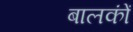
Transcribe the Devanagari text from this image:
बालकोंं